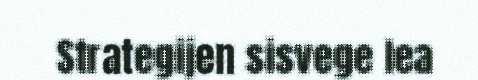
Strategijen sisvege lea